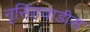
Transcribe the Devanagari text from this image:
नृसिंहवाडीस